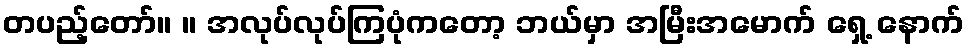
တပည့်တော်။ ။ အလုပ်လုပ်ကြပုံကတော့ ဘယ်မှာ အမြီးအမောက် ရှေ့ နောက်